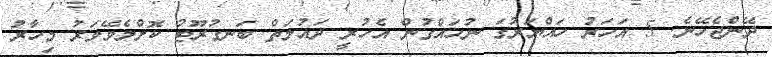
ދޭންޖެހޭނެ. 5 އަހަރު ހައްޔަރުގަ ނުހައްގުން އެހުރީ ދައުލަތް ބަނގުރޫޓު ކޮށްލެވޭވަރު މިހާރު